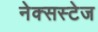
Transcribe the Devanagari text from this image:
नेक्सस्टेज